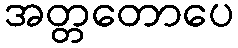
အတ္တတောပေ